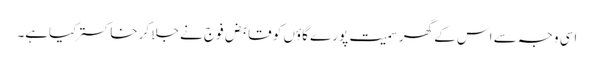
اسی وجہ سے اس کے گھر سمیت پورے گاؤں کو قابض فوج نے جلا کر خاکستر کیاہے۔